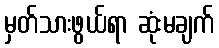
မှတ်သားဖွယ်ရာ ဆုံးမချက်